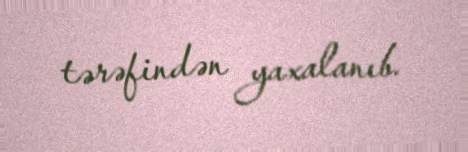
tərəfindən yaxalanıb.